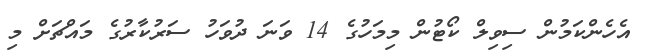
އެހެންކަމުން ސިވިލް ކޯޓުން މިމަހުގެ 14 ވަނަ ދުވަހު ސަރުކާރުގެ މައްޗަށް މި